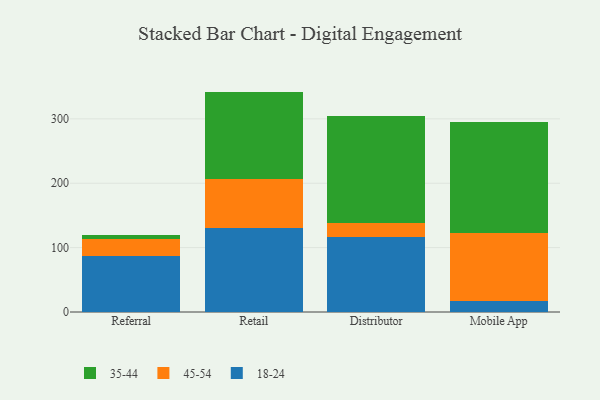
{"axis": {"x": "Channel", "y": "Waste Production (Tons)"}, "legend": ["18-24", "35-44", "45-54"], "data": [{"x": "Referral", "y": 87.1, "type": "18-24"}, {"x": "Referral", "y": 27.0, "type": "45-54"}, {"x": "Referral", "y": 6.0, "type": "35-44"}, {"x": "Retail", "y": 130.8, "type": "18-24"}, {"x": "Retail", "y": 76.4, "type": "45-54"}, {"x": "Retail", "y": 135.1, "type": "35-44"}, {"x": "Distributor", "y": 116.3, "type": "18-24"}, {"x": "Distributor", "y": 21.7, "type": "45-54"}, {"x": "Distributor", "y": 167.0, "type": "35-44"}, {"x": "Mobile App", "y": 16.4, "type": "18-24"}, {"x": "Mobile App", "y": 106.1, "type": "45-54"}, {"x": "Mobile App", "y": 173.3, "type": "35-44"}]}